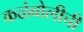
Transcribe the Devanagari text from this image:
कळंबोलीची